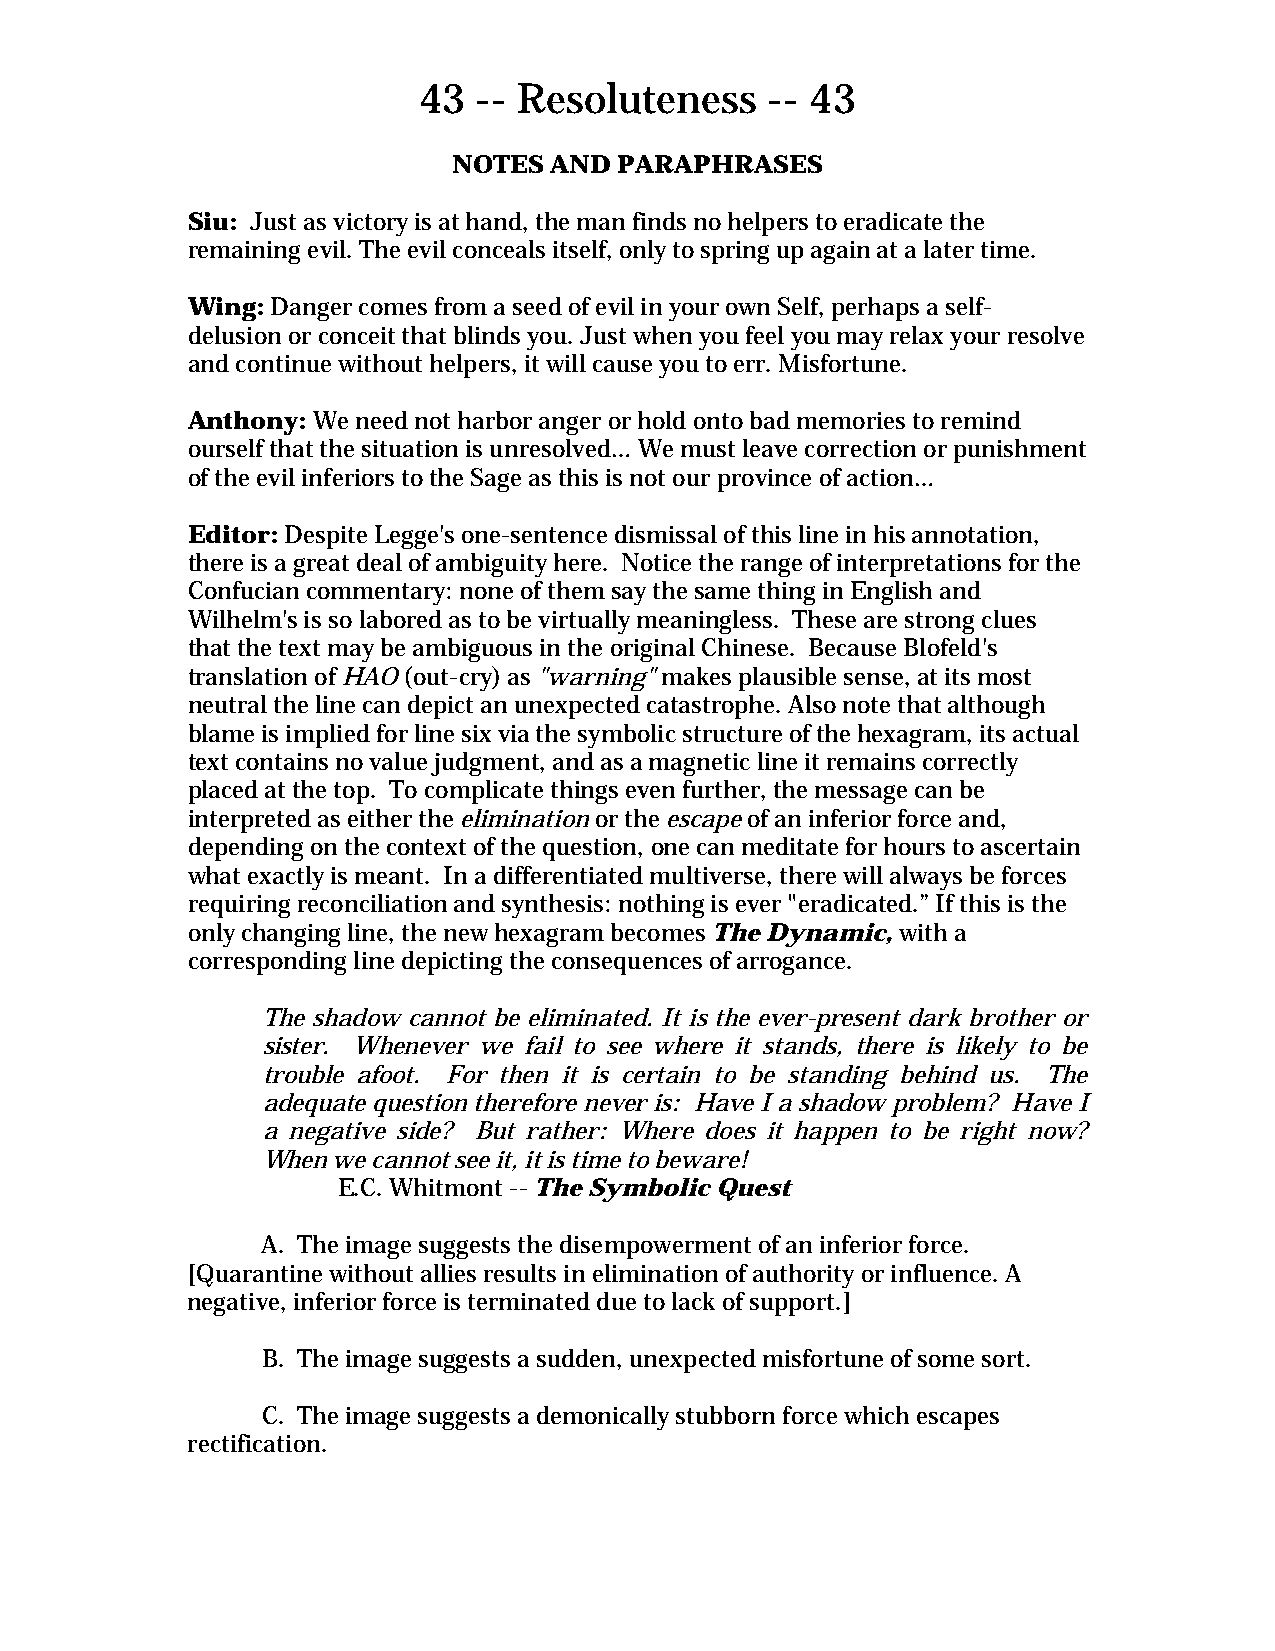
43  -- Resoluteness    -- 43
 NOTES AND  PARAPHRASES
 Siu: Just as victory is at hand, the man finds no helpers to eradicate the
 remaining evil. The evil conceals itself, only to spring up again at a later time.
 Wing: Danger comes from a seed of evil in your own Self, perhaps a self-
 delusion or conceit that blinds you. Just when you feel you may relax your resolve
 and continue without helpers, it will cause you to err. Misfortune.
 Anthony: We need not harbor anger or hold onto bad memories to remind
 ourself that the situation is unresolved… We must leave correction or punishment
 of the evil inferiors to the Sage as this is not our province of action…
 Editor: Despite Legge's one-sentence dismissal of this line in his annotation,
 there is a great deal of ambiguity here. Notice the range of interpretations for the
 Confucian commentary: none of them say the same thing in English and
 Wilhelm's is so labored as to be virtually meaningless. These are strong clues
 that the text may be ambiguous in the original Chinese. Because Blofeld's
 translation of HAO (out-cry) as "warning" makes plausible sense, at its most
 neutral the line can depict an unexpected catastrophe. Also note that although
 blame is implied for line six via the symbolic structure of the hexagram, its actual
 text contains no value judgment, and as a magnetic line it remains correctly
 placed at the top. To complicate things even further, the message can be
 interpreted as either the elimination or the escape of an inferior force and,
 depending on the context of the question, one can meditate for hours to ascertain
 what exactly is meant. In a differentiated multiverse, there will always be forces
 requiring reconciliation and synthesis: nothing is ever "eradicated.” If this is the
 only changing line, the new hexagram becomes The Dynamic, with a
 corresponding line depicting the consequences of arrogance.
 The shadow cannot be eliminated. It is the ever-present dark brother or
 sister. Whenever we fail to see where it stands, there is likely to be
 trouble afoot. For then it is certain to be standing behind us. The
 adequate question therefore never is: Have I a shadow problem? Have I
 a negative side? But rather: Where does it happen to be right now?
 When we cannot see it, it is time to beware!
 E.C. Whitmont -- The Symbolic Quest
 A. The image suggests the disempowerment of an inferior force.
 [Quarantine without allies results in elimination of authority or influence. A
 negative, inferior force is terminated due to lack of support.]
 B. The image suggests a sudden, unexpected misfortune of some sort.
 C. The image suggests a demonically stubborn force which escapes
 rectification.